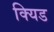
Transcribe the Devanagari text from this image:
क्यिड